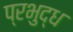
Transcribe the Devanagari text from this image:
प्रभुद्ध